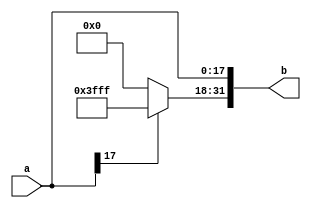
`timescale 1ns / 1ps

module ext18#(parameter DEPTH=18)( //
  input [DEPTH-1:0] a,
  output reg [31:0] b);
    
  always @(a) begin
    if(a[DEPTH-1] == 1) begin 
      b[31:0] = 32'hffffffff;
      b[DEPTH-1:0] = a[DEPTH-1:0];
    end
    else begin 
      b[31:0] = 32'h00000000;
      b[DEPTH-1:0] = a[DEPTH-1:0];
    end
  end

endmodule